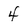
Character: 4